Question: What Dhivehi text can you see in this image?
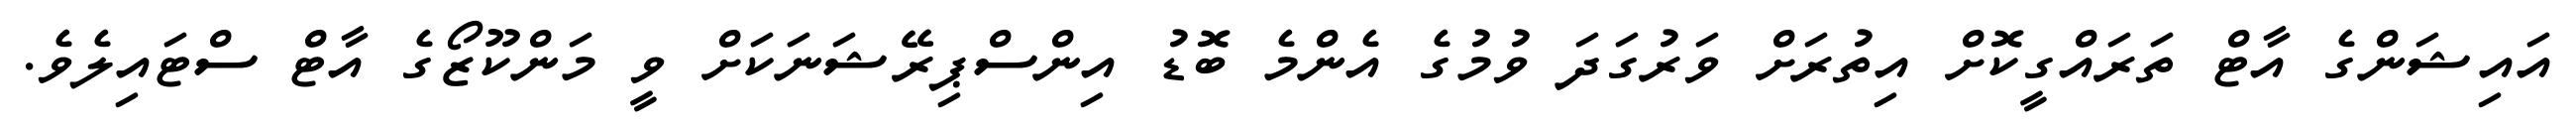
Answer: އައިޝަންގެ އާޓް ތަރައްގީކޮށް އިތުރަށް ވަރުގަދަ ވުމުގެ އެންމެ ބޮޑު އިންސްޕިރޭޝަނަކަށް ވީ މަންކޫޒޯގެ އާޓް ސްޓައިލެވެ.